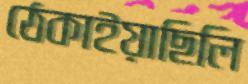
ঠেকাইয়াছিলি